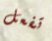
تفعل